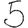
Digit: 5